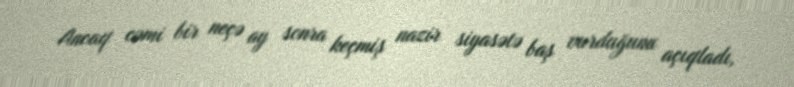
Ancaq cəmi bir neçə ay sonra keçmiş nazir siyasətə baş vurduğunu açıqladı,